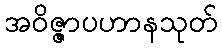
အဝိဇ္ဇာပဟာနသုတ်